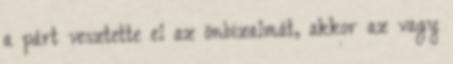
a párt vesztette el az önbizalmát, akkor az vagy